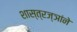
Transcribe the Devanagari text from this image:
शास्त्रज्ञांने